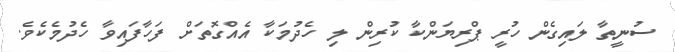
ސުނީތާ ލައިގެން ހުރީ ޕްރިޔަންކާ ކުރިން ލި ހެދުމަކާ އެއްގޮތަށް ފަހާފައިވާ ހެދުމެކެވެ.